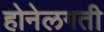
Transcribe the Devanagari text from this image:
होनेलगती